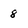
Character: 8